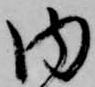
内